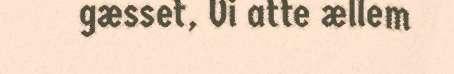
gæsset, Vi atte ællem